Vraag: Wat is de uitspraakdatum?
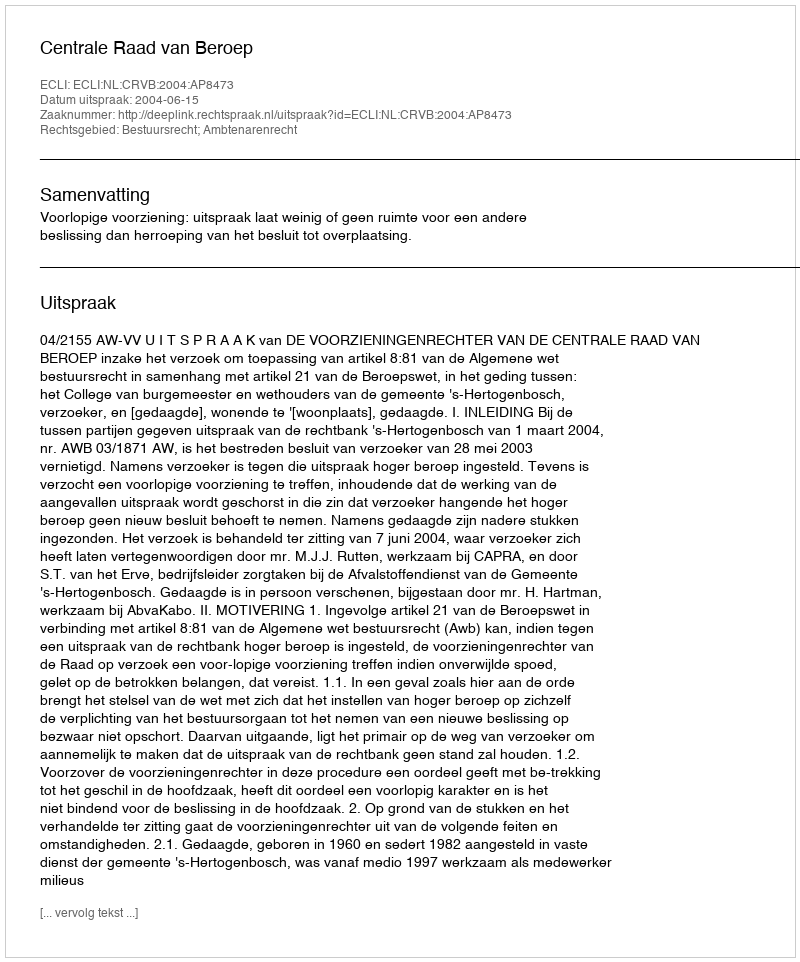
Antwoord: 2004-06-15